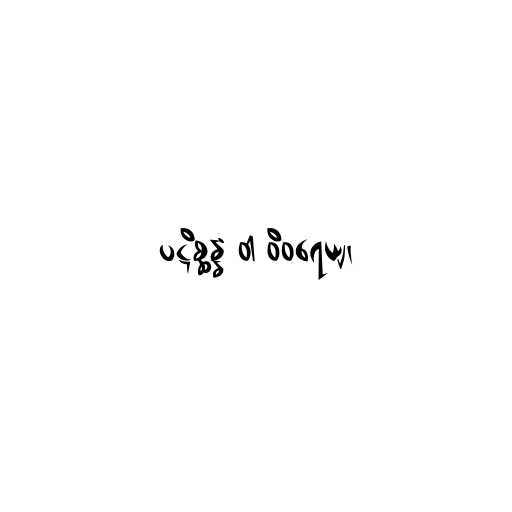
ပဋိစ္ဆန္နံ ဝါ ဝိဝရေယျ၊